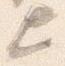
上